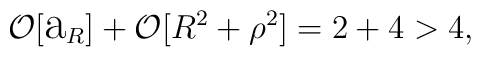
{\cal O}[\hbox{\Large a}_{R}]+{\cal O}[R^{2}+\rho^{2}]=2+4>4,